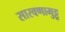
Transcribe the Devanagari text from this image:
सारवणामुट्टू